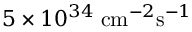
5 \times 1 0 ^ { 3 4 } \; \mathrm { c m } ^ { - 2 } \mathrm { s } ^ { - 1 }